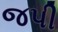
જપી